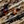
بانها